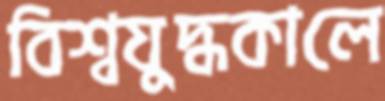
বিশ্বযুদ্ধকালে